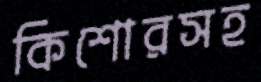
কিশোরসহ